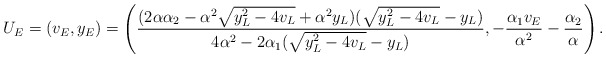
\begin{align*}U_E=(v_E,y_E)=\left(\frac{(2\alpha \alpha_2-\alpha^2\sqrt{y_L^2-4v_L}+\alpha^2 y_L)(\sqrt{y_L^2-4v_L}-y_L)}{4\alpha^2-2\alpha_1(\sqrt{y_L^2-4v_L}-y_L)}, -\frac{\alpha_1 v_E}{\alpha^2}-\frac{\alpha_2}{\alpha} \right).\end{align*}